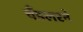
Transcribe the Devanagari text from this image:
चँडलरने